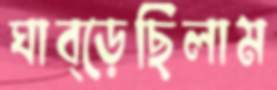
ঘাব্‌ড়েছিলাম